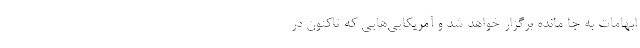
ابهامات به جا مانده برگزار خواهد شد و آمریکایی‌هایی که تاکنون در